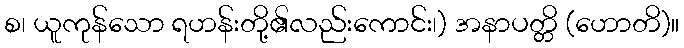
စ၊ ယူကုန်သော ရဟန်းတို့၏လည်းကောင်း၊) အနာပတ္တိ (ဟောတိ)။